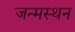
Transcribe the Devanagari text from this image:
जन्मस्थन